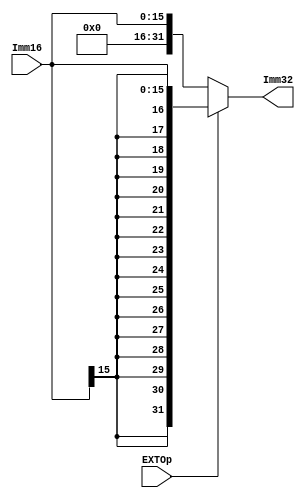
module EXT( Imm16, EXTOp, Imm32 );
    
   input  [15:0] Imm16;
   input         EXTOp;
   output [31:0] Imm32;
   
   assign Imm32 = (EXTOp) ? {{16{Imm16[15]}}, Imm16} : {16'd0, Imm16}; // signed-extension or zero extension
       
endmodule